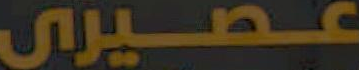
عصيري